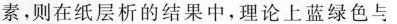
素，则在纸层析的结果中，理论上蓝绿色与